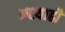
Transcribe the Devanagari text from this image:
अश्याही